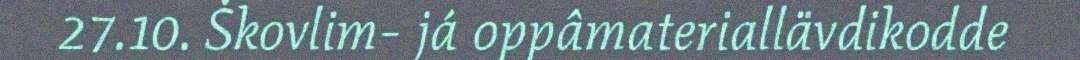
27.10. Škovlim- já oppâmateriallävdikodde